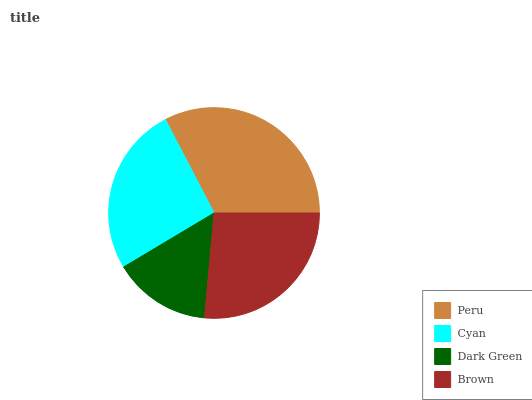
| Peru | Cyan | Dark Green | Brown |
 | --- | --- | --- | --- |
 | 32.6% | 25.9% | 15% | 26.4% |